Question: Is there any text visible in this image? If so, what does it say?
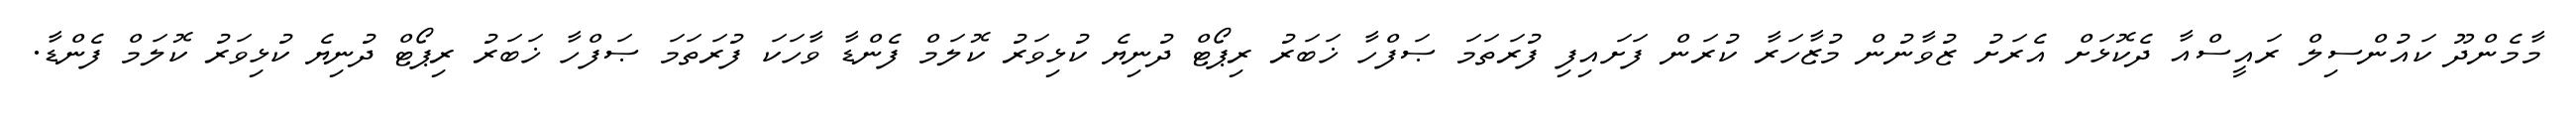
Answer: މާމެންދޫ ކައުންސިލް ރައީސްއާ ދެކޮޅަށް އެރަށު ޒުވާނުން މުޒާހަރާ ކުރަން ފަށައިފި ފުރަތަމަ ޞަފްހާ ޚަބަރު ރިޕޯޓް ދުނިޔެ ކުޅިވަރު ކޮލަމް ފެންޑާ ވާހަކަ ފުރަތަމަ ޞަފްހާ ޚަބަރު ރިޕޯޓް ދުނިޔެ ކުޅިވަރު ކޮލަމް ފެންޑާ.